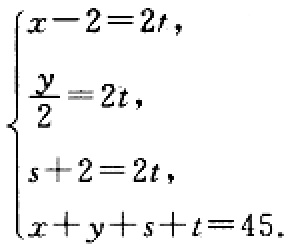
$\begin{cases}
x - 2 = 2t,\\
\frac{y}{2} = 2t,\\
s + 2 = 2t,\\
x + y + s + t = 45.
\end{cases}$